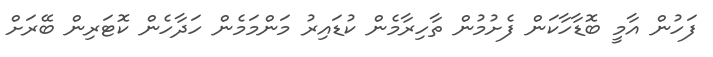
ފަހުން އާމީ ބޮޑާހާކަން ފެށުމުން ތާހިރާމެން ކުޑައިރު މަންމަމެން ހަދާހެން ކޮޓަރިން ބޭރަށް